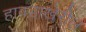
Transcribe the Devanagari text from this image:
हावडाखेरील